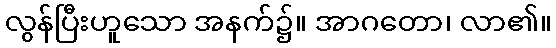
လွန်ပြီးဟူသော အနက်၌။ အာဂတော၊ လာ၏။